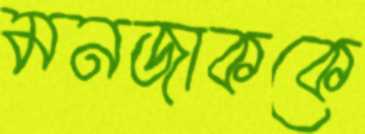
মনজাককে